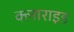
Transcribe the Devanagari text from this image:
क्लाराइड